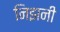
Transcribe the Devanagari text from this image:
निझनी